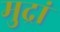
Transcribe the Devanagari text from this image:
मुद्रां